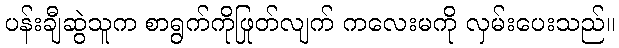
ပန်းချီဆွဲသူက စာရွက်ကိုဖြုတ်လျက် ကလေးမကို လှမ်းပေးသည်။